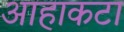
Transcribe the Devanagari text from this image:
आहाकटा